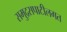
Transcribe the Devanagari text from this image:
समुद्रसपाटीलगत